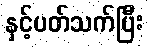
နှင့်ပတ်သက်ပြီး